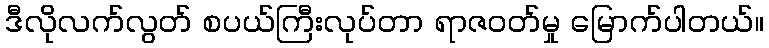
ဒီလိုလက်လွတ် စပယ်ကြီးလုပ်တာ ရာဇဝတ်မှု မြောက်ပါတယ်။